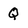
Character: Q